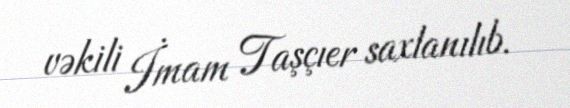
vəkili İmam Taşçıer saxlanılıb.